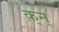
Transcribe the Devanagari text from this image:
क़्न्